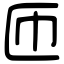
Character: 匝